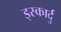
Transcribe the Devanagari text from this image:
इस्कार्दु